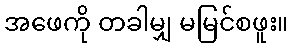
အဖေကို တခါမျှ မမြင်စဖူး။